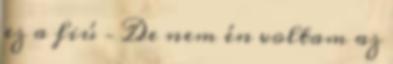
ez a fiú – De nem én voltam az